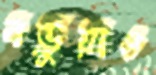
বড়ুয়াও